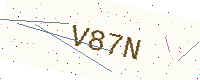
Text: V87N